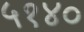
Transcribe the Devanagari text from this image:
५१४०